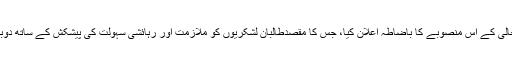
اس سے پہلے افغان صدر کرزئى نے طالبان کی از سرِ نو بحالی کے اُس منصوبے کا باضاطہ اعلان کیا، جس کا مقصدطالبان لشکریوں کو ملازمت اور رہائشی سہولت کی پیشکش کے ساتھ دوبارہ معاشرتی دھارے میں شامل ہوجانے کی ترغیب دینا ہے۔